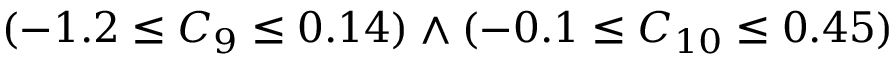
( - 1 . 2 \leq C _ { 9 } \leq 0 . 1 4 ) \wedge ( - 0 . 1 \leq C _ { 1 0 } \leq 0 . 4 5 )